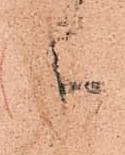
参